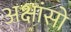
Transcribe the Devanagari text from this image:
अक्षांसो